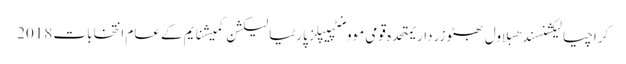
کراچیالیکشنسندھبلاول بھٹو زرداریمتحدہ قومی موومنٹپیپلز پارٹیالیکشن کمیشنایم کےعام انتخابات 2018